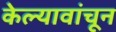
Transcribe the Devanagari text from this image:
केल्यावांचून